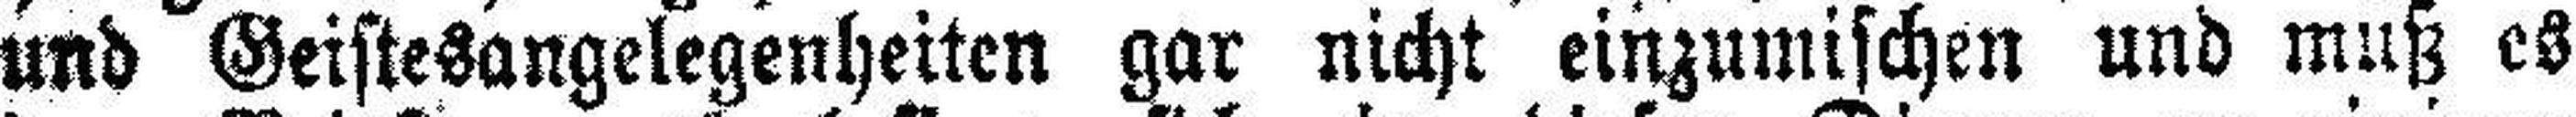
und Geistesangelegenheiten gar nicht einzumischen und muß es